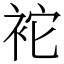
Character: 袉